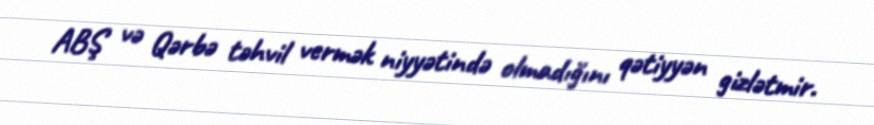
ABŞ və Qərbə təhvil vermək niyyətində olmadığını qətiyyən gizlətmir.